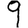
Digit: 9